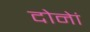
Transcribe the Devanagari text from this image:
दोनेां